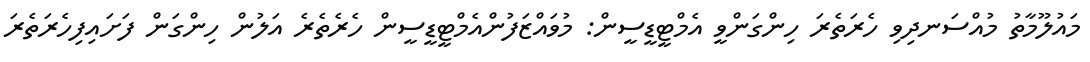
މައުލޫމާތު މުއްސަނދިވި ހެރަތެރަ ހިންގަންވީ އެމްޓީޑީސީން: މުވައްޒަފުންއެމްޓީޑީސީން ހެރެތެރެ އަލުން ހިންގަން ފަށައިފިހެރަތެރަ